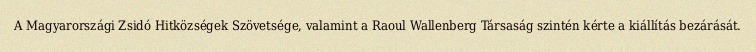
A Magyarországi Zsidó Hitközségek Szövetsége, valamint a Raoul Wallenberg Társaság szintén kérte a kiállítás bezárását.